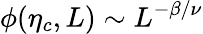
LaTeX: \phi(\eta_{c},L)\sim L^{-\beta/\nu}